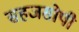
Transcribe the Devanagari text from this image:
सहजसोपी